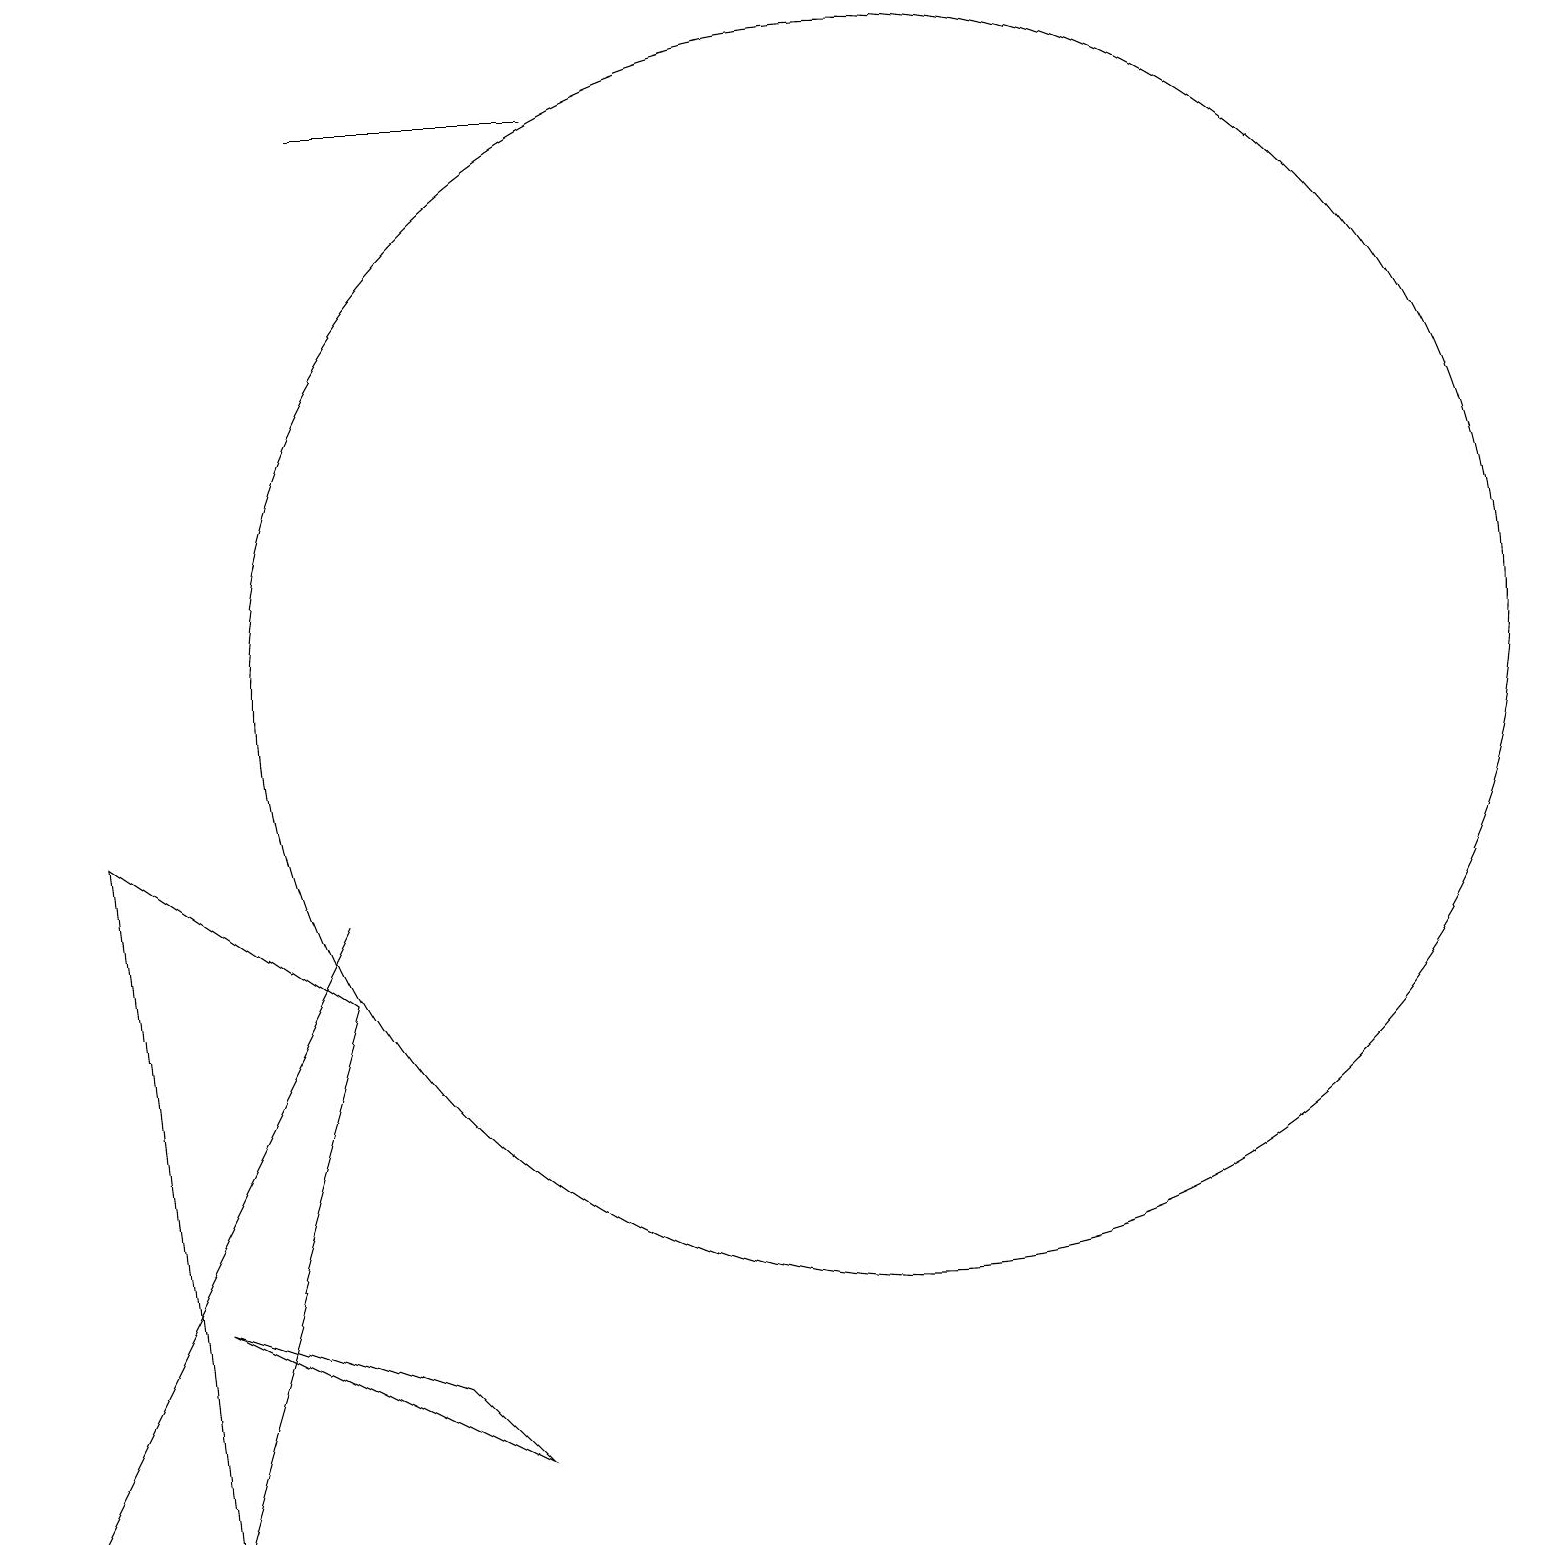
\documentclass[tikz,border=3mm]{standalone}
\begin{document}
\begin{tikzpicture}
\draw (5,2) -- (6,1) -- (2,3) -- cycle;
\draw (4,18) rectangle (7,18);
\draw (11,11) circle (8);
\draw (0,0) -- (0,0) -- (4,8) -- cycle;
\draw (1,9) -- (2,0) -- (4,7) -- cycle;
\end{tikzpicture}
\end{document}